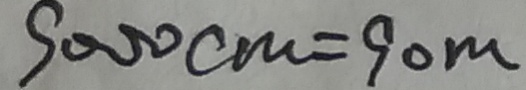
9 o o o c m = 9 0 m